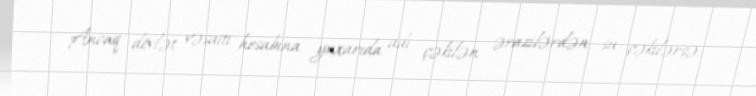
Ancaq dövlət vəsaiti hesabına yuxarıda adı çəkilən ərazilərdən su çəkilərsə,